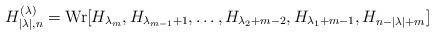
LaTeX: \begin{gather*}H_{|\lambda|,n}^{(\lambda)}=\operatorname{Wr}[H_{\lambda_m},H_{\lambda_{m-1}+1},\dots, H_{\lambda_2+m-2},H_{\lambda_1+m-1},H_{n-|\lambda|+m}]\end{gather*}